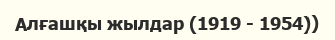
Алғашқы жылдар (1919 - 1954))